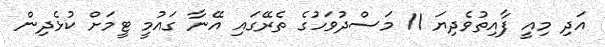
އަދި މިއީ ފާއިތުވެދިޔަ 11 މަސްދުވަހުގެ ތެރޭގައި އޭނާ ގައުމީ ޓީމަށް ކުޅެދިން